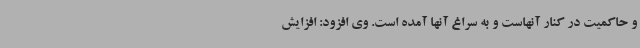
و حاکمیت در کنار آنهاست و به سراغ آنها آمده است. وی افزود: افزایش